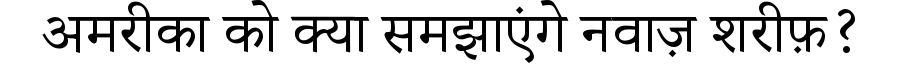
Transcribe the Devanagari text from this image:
अमरीका को क्या समझाएंगे नवाज़ शरीफ़?